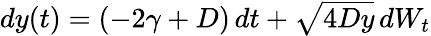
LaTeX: \begin{array}{r}{dy(t)=\left(-2\gamma+D\right)\, dt+\sqrt{4Dy}\, dW_{t}}\end{array}